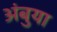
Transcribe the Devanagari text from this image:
अंबुया